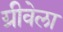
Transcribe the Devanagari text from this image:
ग्रीवेला